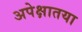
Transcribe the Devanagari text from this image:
अपेक्षातया